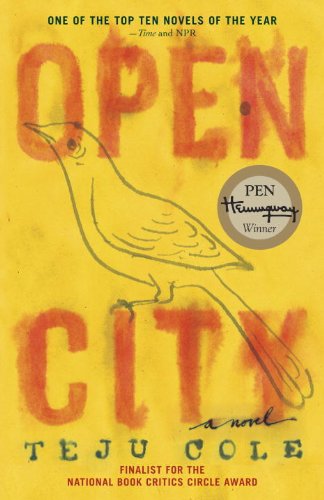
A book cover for Open City: A Novel; Teju Cole; Mystery, Thriller & Suspense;